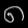
Digit: ၈